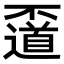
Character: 𠁛